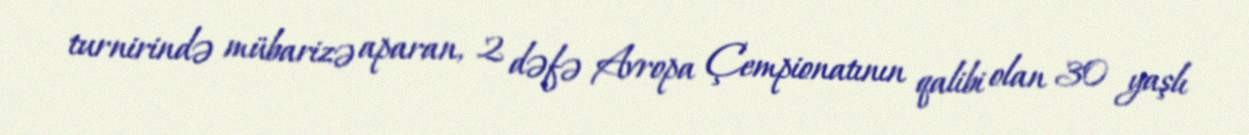
turnirində mübarizə aparan, 2 dəfə Avropa Çempionatının qalibi olan 30 yaşlı